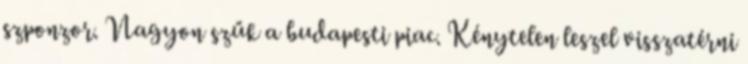
szponzor. Nagyon szűk a budapesti piac. Kénytelen leszel visszatérni